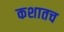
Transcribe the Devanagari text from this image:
कशातच